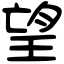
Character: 望